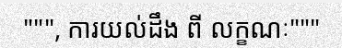
""", ការយល់ដឹង ពី លក្ខណៈ"""